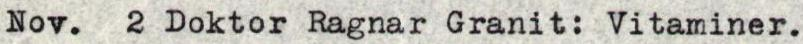
Nov. 2 Doktor Ragnar Granit: Vitaminer.